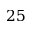
2 5